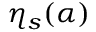
\eta _ { s } ( \alpha )